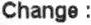
CHANGE :